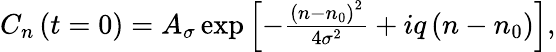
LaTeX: \begin{array}{r}{C_{n}\left(t=0\right)=A_{\sigma}\exp\left[-\frac{\left(n-n_{0}\right)^{2}}{4\sigma^{2}}+iq\left(n-n_{0}\right)\right],}\end{array}